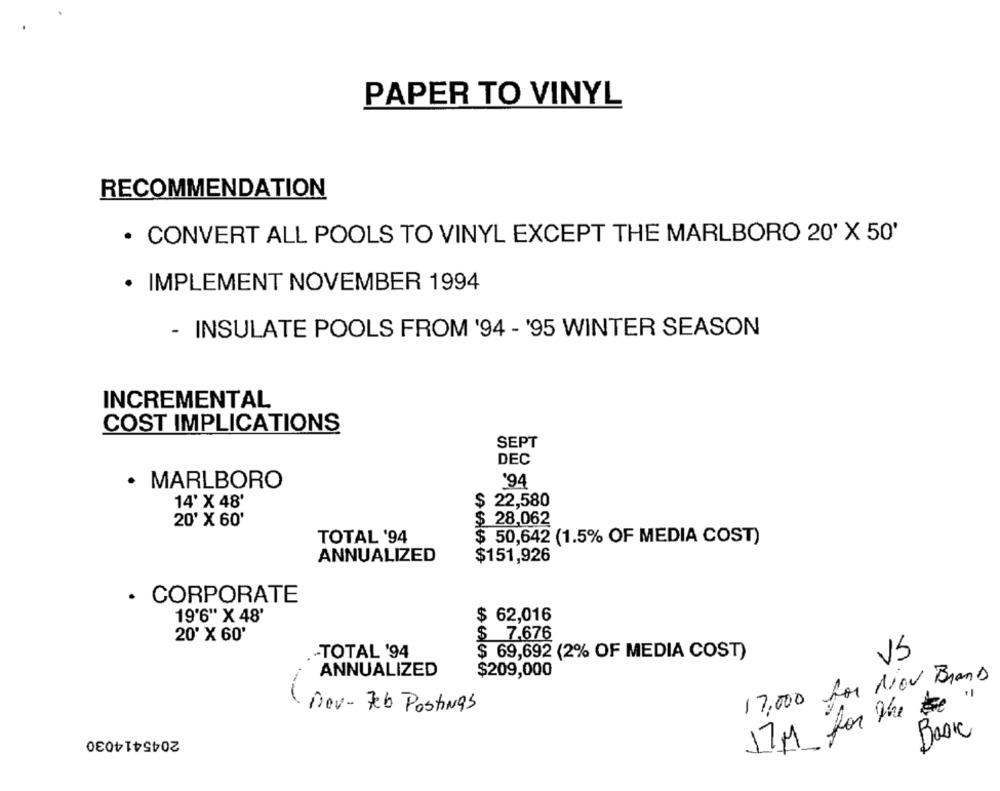
PAPER TO VINYL
RECOMMENDATION
· CONVERT ALL POOLS TO VINYL EXCEPT THE MARLBORO 20' X 50'
· IMPLEMENT NOVEMBER 1994
- INSULATE POOLS FROM '94 - '95 WINTER SEASON
INCREMENTAL
COST IMPLICATIONS
SEPT
DEC
'94
· MARLBORO
14' X 48'
$
22,580
20' X 60'
$ 28,062
TOTAL '94
$ 50,642 (1.5% OF MEDIA COST)
ANNUALIZED
$151,926
· CORPORATE
$ 62,016
19'6" X 48'
$
20' X 60'
7.676
.- TOTAL '94
$ 69,692 (2% OF MEDIA COST)
VS
ANNUALIZED
$209,000
17,000 for Nov Brans
17 M for the "
Dev- Feb Postings
2045414030
Basic